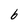
Character: b